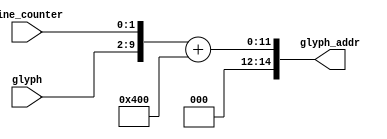
`timescale 1ns / 1ps
//////////////////////////////////////////////////////////////////////////////////
// Company: 
// Engineer: 
// 
// Design Name: 
// Module Name:    compute_glyph_addr 
// Project Name: 
// Target Devices: 
// Tool versions: 
// Description: 
//
// Dependencies: 
//
// Revision: 
// Revision 0.01 - File Created
// Additional Comments: 
//
//////////////////////////////////////////////////////////////////////////////////
module Compute_Glyph_Addr(
	input [7:0] glyph,
	input [1:0] line_counter,
	output [14:0] glyph_addr
    );
	 
	 parameter GLYPH_OFFSET = 11'h400;
	 
	 assign glyph_addr = {5'd0, glyph, line_counter} + GLYPH_OFFSET;

endmodule